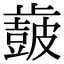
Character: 𣦩